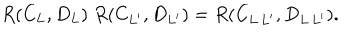
LaTeX: R ( C _ { L } , D _ { L } ) \; R ( C _ { L ^ { \prime } } , D _ { L ^ { \prime } } ) = R ( C _ { L \, L ^ { \prime } } , D _ { L \, L ^ { \prime } } ) .